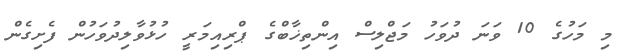
މި މަހުގެ 10 ވަނަ ދުވަހު މަޖްލިސް އިންތިޚާބްގެ ޕްރިއިމަރީ ހުޅުވާލިދުވަހުން ފެށިގެން